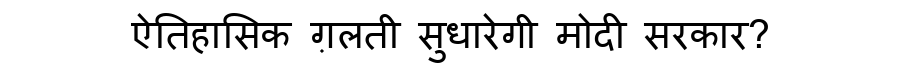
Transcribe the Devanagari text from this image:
ऐतिहासिक ग़लती सुधारेगी मोदी सरकार?